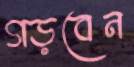
গড়বেন